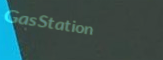
GasStation